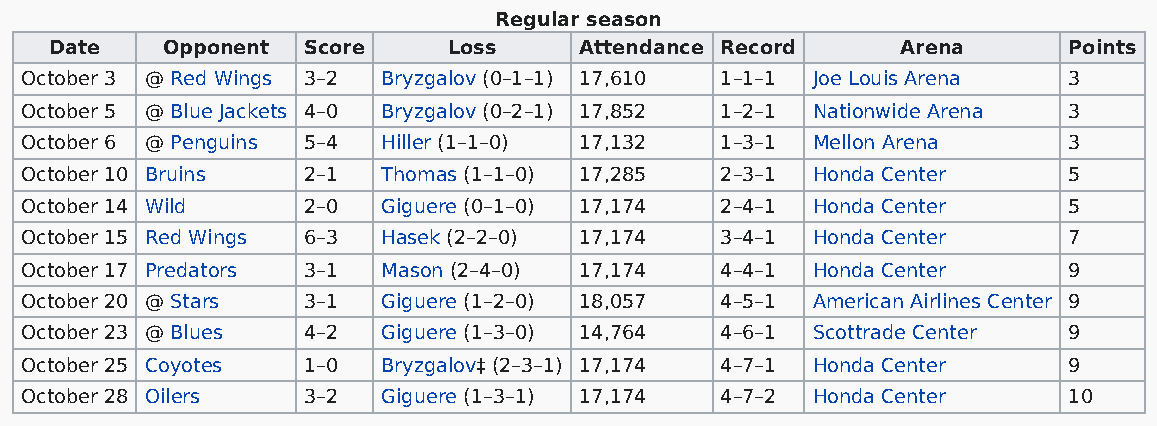
Regular season
 Date    Opponent Score     Loss    Attendance Record     Arena      Points
 October 3 @ Red Wings 3–2 Bryzgalov (0–1–1) 17,610 1–1–1 Joe Louis Arena 3
 October 5 @ Blue Jackets 4–0 Bryzgalov (0–2–1) 17,852 1–2–1 Nationwide Arena 3
 October 6 @ Penguins 5–4 Hiller (1–1–0) 17,132 1–3–1 Mellon Arena     3
 October 10 Bruins  2–1  Thomas (1–1–0) 17,285  2–3–1 Honda Center     5
 October 14 Wild    2–0  Giguere (0–1–0) 17,174 2–4–1 Honda Center     5
 October 15 Red Wings 6–3 Hasek (2–2–0) 17,174  3–4–1 Honda Center     7
 October 17 Predators 3–1 Mason (2–4–0) 17,174  4–4–1 Honda Center     9
 October 20 @ Stars 3–1  Giguere (1–2–0) 18,057 4–5–1 American Airlines Center 9
 October 23 @ Blues 4–2  Giguere (1–3–0) 14,764 4–6–1 Scottrade Center 9
 October 25 Coyotes 1–0  Bryzgalov‡ (2–3–1) 17,174 4–7–1 Honda Center  9
 October 28 Oilers  3–2  Giguere (1–3–1) 17,174 4–7–2 Honda Center     10